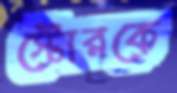
স্টোরকে